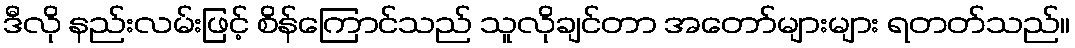
ဒီလို နည်းလမ်းဖြင့် စိန်ကြောင်သည် သူလိုချင်တာ အတော်များများ ရတတ်သည်။